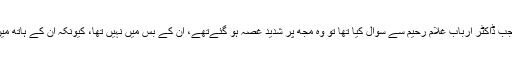
اسی حوالے سے ایک تقریب میں، میں نے جب ڈاکٹر ارباب غلام رحیم سے سوال کیا تھا تو وہ مجھ پر شدید غصہ ہو گئےتھے، ان کے بس میں نہیں تھا، کیونکہ ان کے ہاتھ میں کچھ نہیں تھا، ورنہ وہ مجھ پر دے مارتا۔